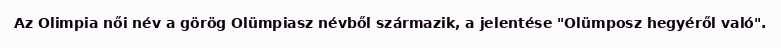
Az Olimpia női név a görög Olümpiasz névből származik, a jelentése "Olümposz hegyéről való".